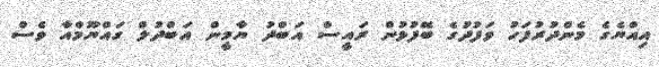
އިއްޔެގެ މެންދުރުފަހު ވަފުދުގެ ބޭފުޅުން ރައީސް އަބްދު ޔާމީން އަބްދުލް ގައްޔޫމްއާ ވެސް